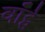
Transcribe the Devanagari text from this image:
वॉर्ट्स